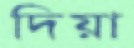
দিয়া